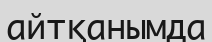
айтқанымда